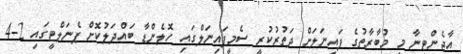
އާޖެންޓީނާ މި މުބާރާތުގެ ފައިނަލަށް ދަތުރުކުރީ ސެމީފައިނަލްގައި ހޮލެންޑާ ބައްދަލުކޮށް ޕެނަލްޓީގައި 2-4